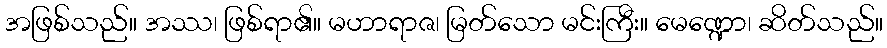
အဖြစ်သည်။ အဿ၊ ဖြစ်ရာ၏။ မဟာရာဇ၊ မြတ်သော မင်းကြီး။ မေဏ္ဍော၊ ဆိတ်သည်။